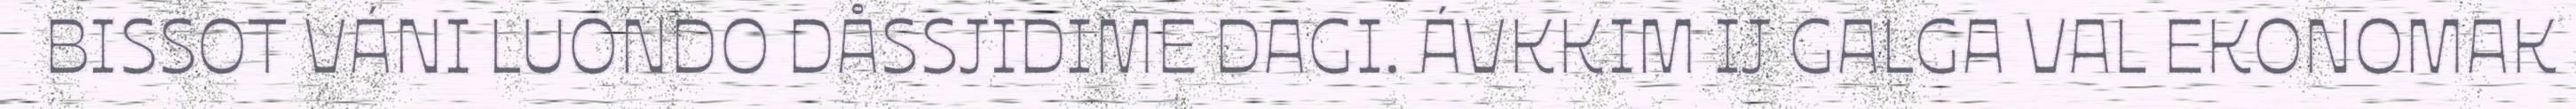
BISSOT VÁNI LUONDO DÅSSJIDIME DAGI. ÁVKKIM IJ GALGA VAL EKONOMAK